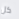
كل